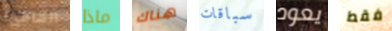
الشاطىء ماذا هناك سباقات يعود فقط